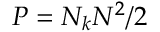
P = N _ { k } N ^ { 2 } / 2